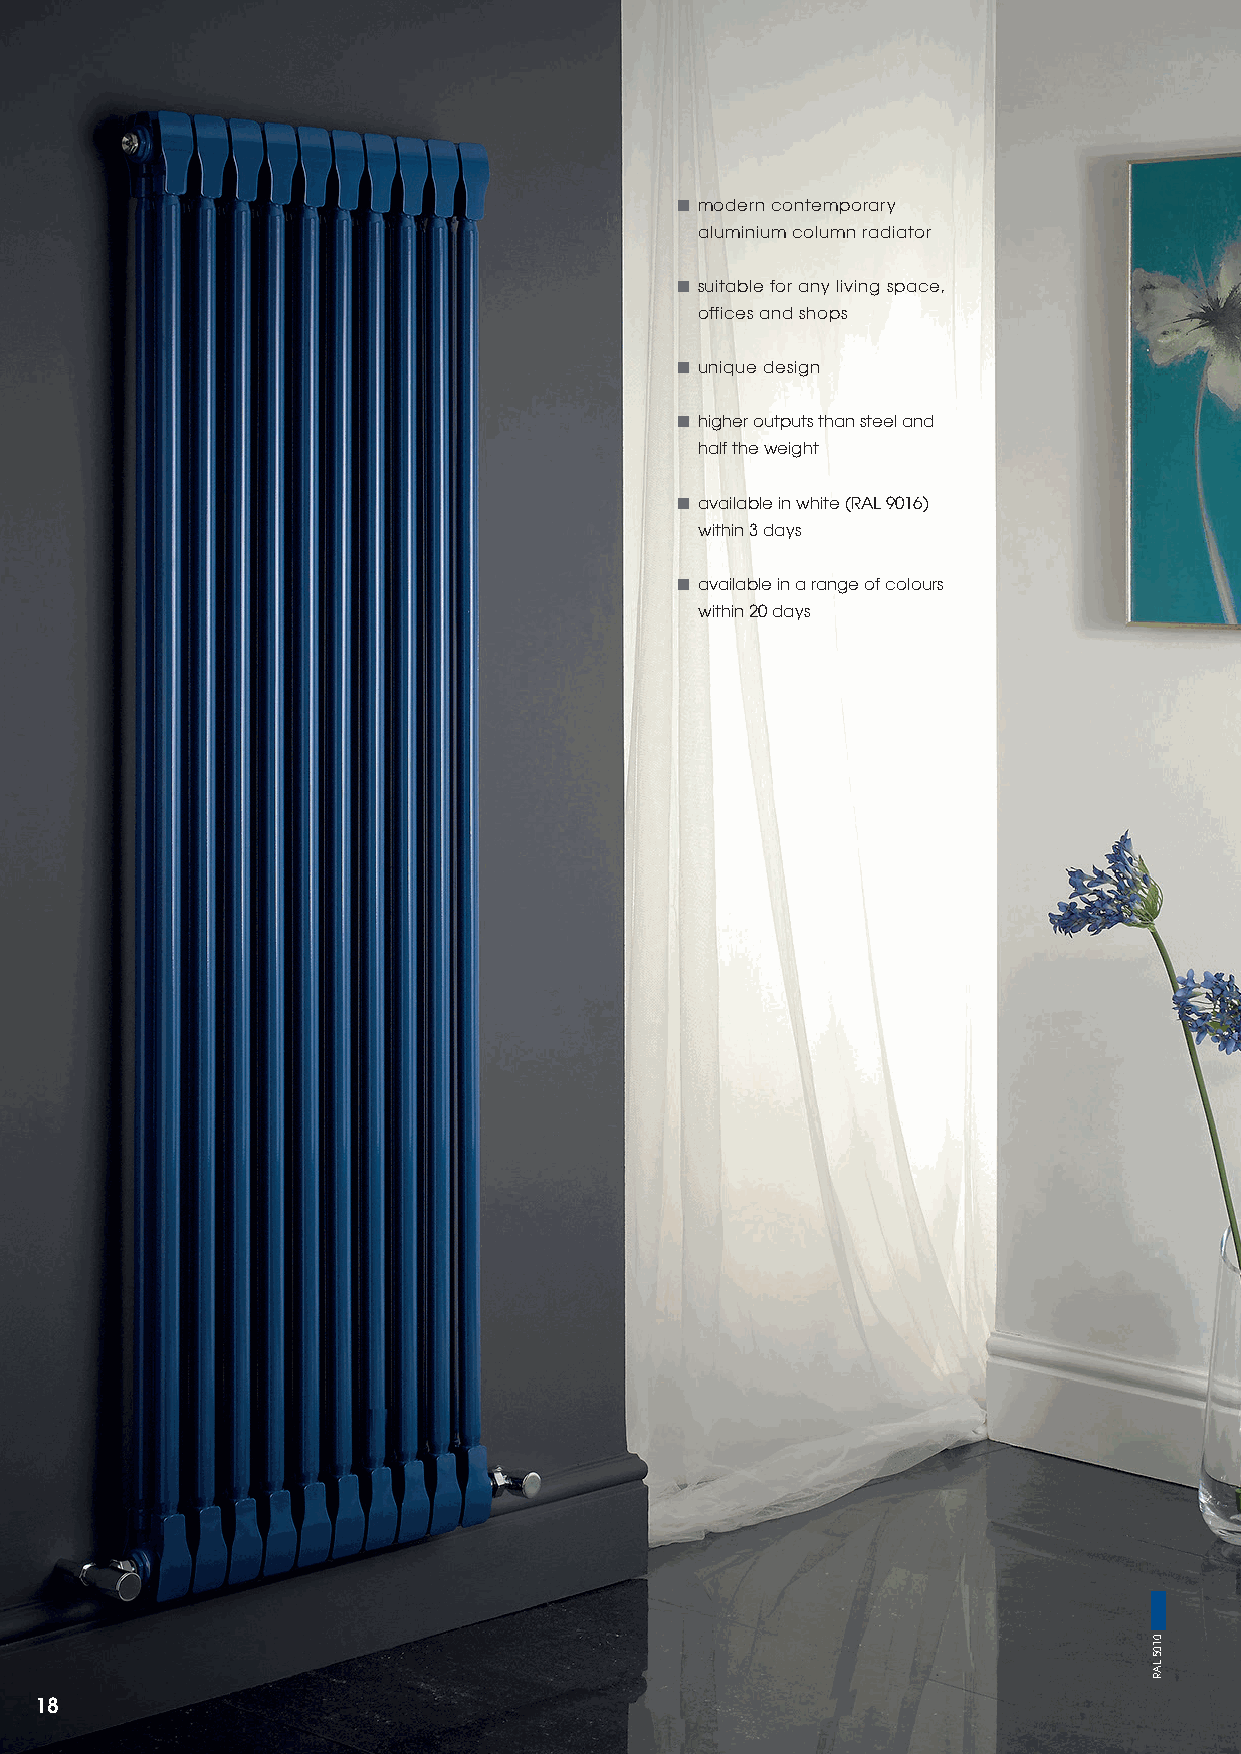
■ modern contemporary
 aluminium column radiator
 ■ suitable for any living space,
 offices and shops
 ■ unique design
 ■ higher outputs than steel and
 half the weight
 ■ available in white (RAL 9016)
 within 3 days
 ■ available in a range of colours
 within 20 days
 18
 0105
 LAR